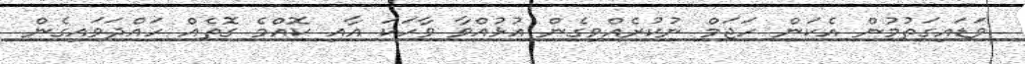
ވަޑައިގަތުމުން އެކަން ހަޖަމް ނުކުރެއްވިގެން އުޅުއްވާ ވާހަކަ އާއި ކޮއްމެ ގޮތެއް ހައްދަވައިގެން